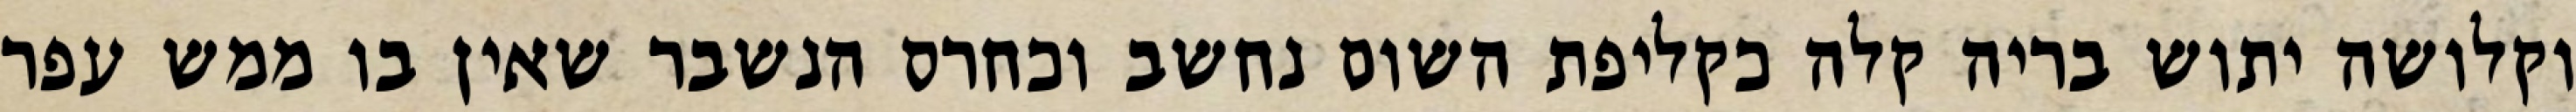
וקלושה יתוש בריה קלה כקליפת השום נחשב וכחרס הנשבר שאין בו ממש עפר